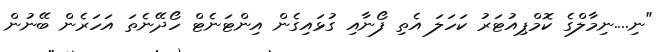
"ނި....ނިމާލްގެ ކޮމްޕިއުޓަރު ކަހަލަ އެތި ފޯނާއި ގުޅައިގެން އިންޓަނެޓް ހޯދޭނެތަ އަހަރެން ބޭނުން